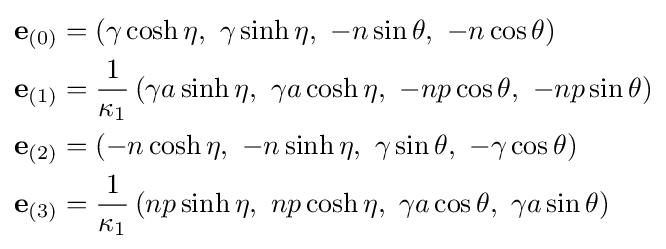
{\begin{aligned}\mathbf {e} _{(0)}&=\left(\gamma \cosh \eta ,\ \gamma \sinh \eta ,\ -n\sin \theta ,\ -n\cos \theta \right)\\\mathbf {e} _{(1)}&={\frac {1}{\kappa _{1}}}\left(\gamma a\sinh \eta ,\ \gamma a\cosh \eta ,\ -np\cos \theta ,\ -np\sin \theta \right)\\\mathbf {e} _{(2)}&=\left(-n\cosh \eta ,\ -n\sinh \eta ,\ \gamma \sin \theta ,\ -\gamma \cos \theta \right)\\\mathbf {e} _{(3)}&={\frac {1}{\kappa _{1}}}\left(np\sinh \eta ,\ np\cosh \eta ,\ \gamma a\cos \theta ,\ \gamma a\sin \theta \right)\end{aligned}}